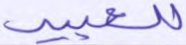
للعبيد